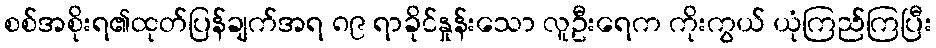
စစ်အစိုးရ၏ထုတ်ပြန်ချက်အရ ၈၉ ရာခိုင်နှုန်းသော လူဦးရေက ကိုးကွယ် ယုံကြည်ကြပြီး